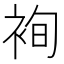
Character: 䘩